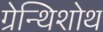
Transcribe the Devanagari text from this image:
ग्रेन्थिशोथ